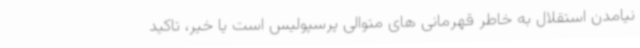
نیامدن استقلال به خاطر قهرمانی های متوالی پرسپولیس است یا خیر، تاکید